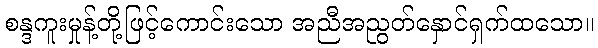
စန္ဒကူးမှုန့်တို့ဖြင့်ကောင်းသော အညီအညွတ်နှောင်ရှက်ထသော။